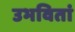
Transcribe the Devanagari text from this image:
उभवितां